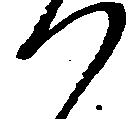
つ